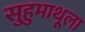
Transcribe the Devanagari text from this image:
सुहुमाथूला